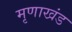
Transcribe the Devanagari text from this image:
मृणाखंड